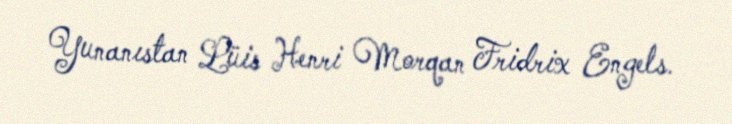
Yunanıstan Lüis Henri Morqan Fridrix Engels.